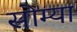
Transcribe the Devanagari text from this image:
सोम्या